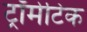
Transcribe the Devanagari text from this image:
ट्रॉमेटिक